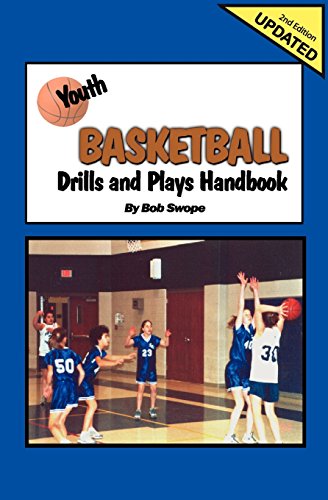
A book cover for Youth Basketball Drills and Plays Handbook-2nd Edition; Bob Swope; Sports & Outdoors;